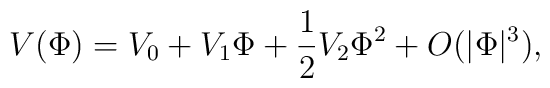
V(\Phi)=V_0+V_1\Phi+\frac{1}{2}V_2\Phi^2+O(|\Phi|^3),